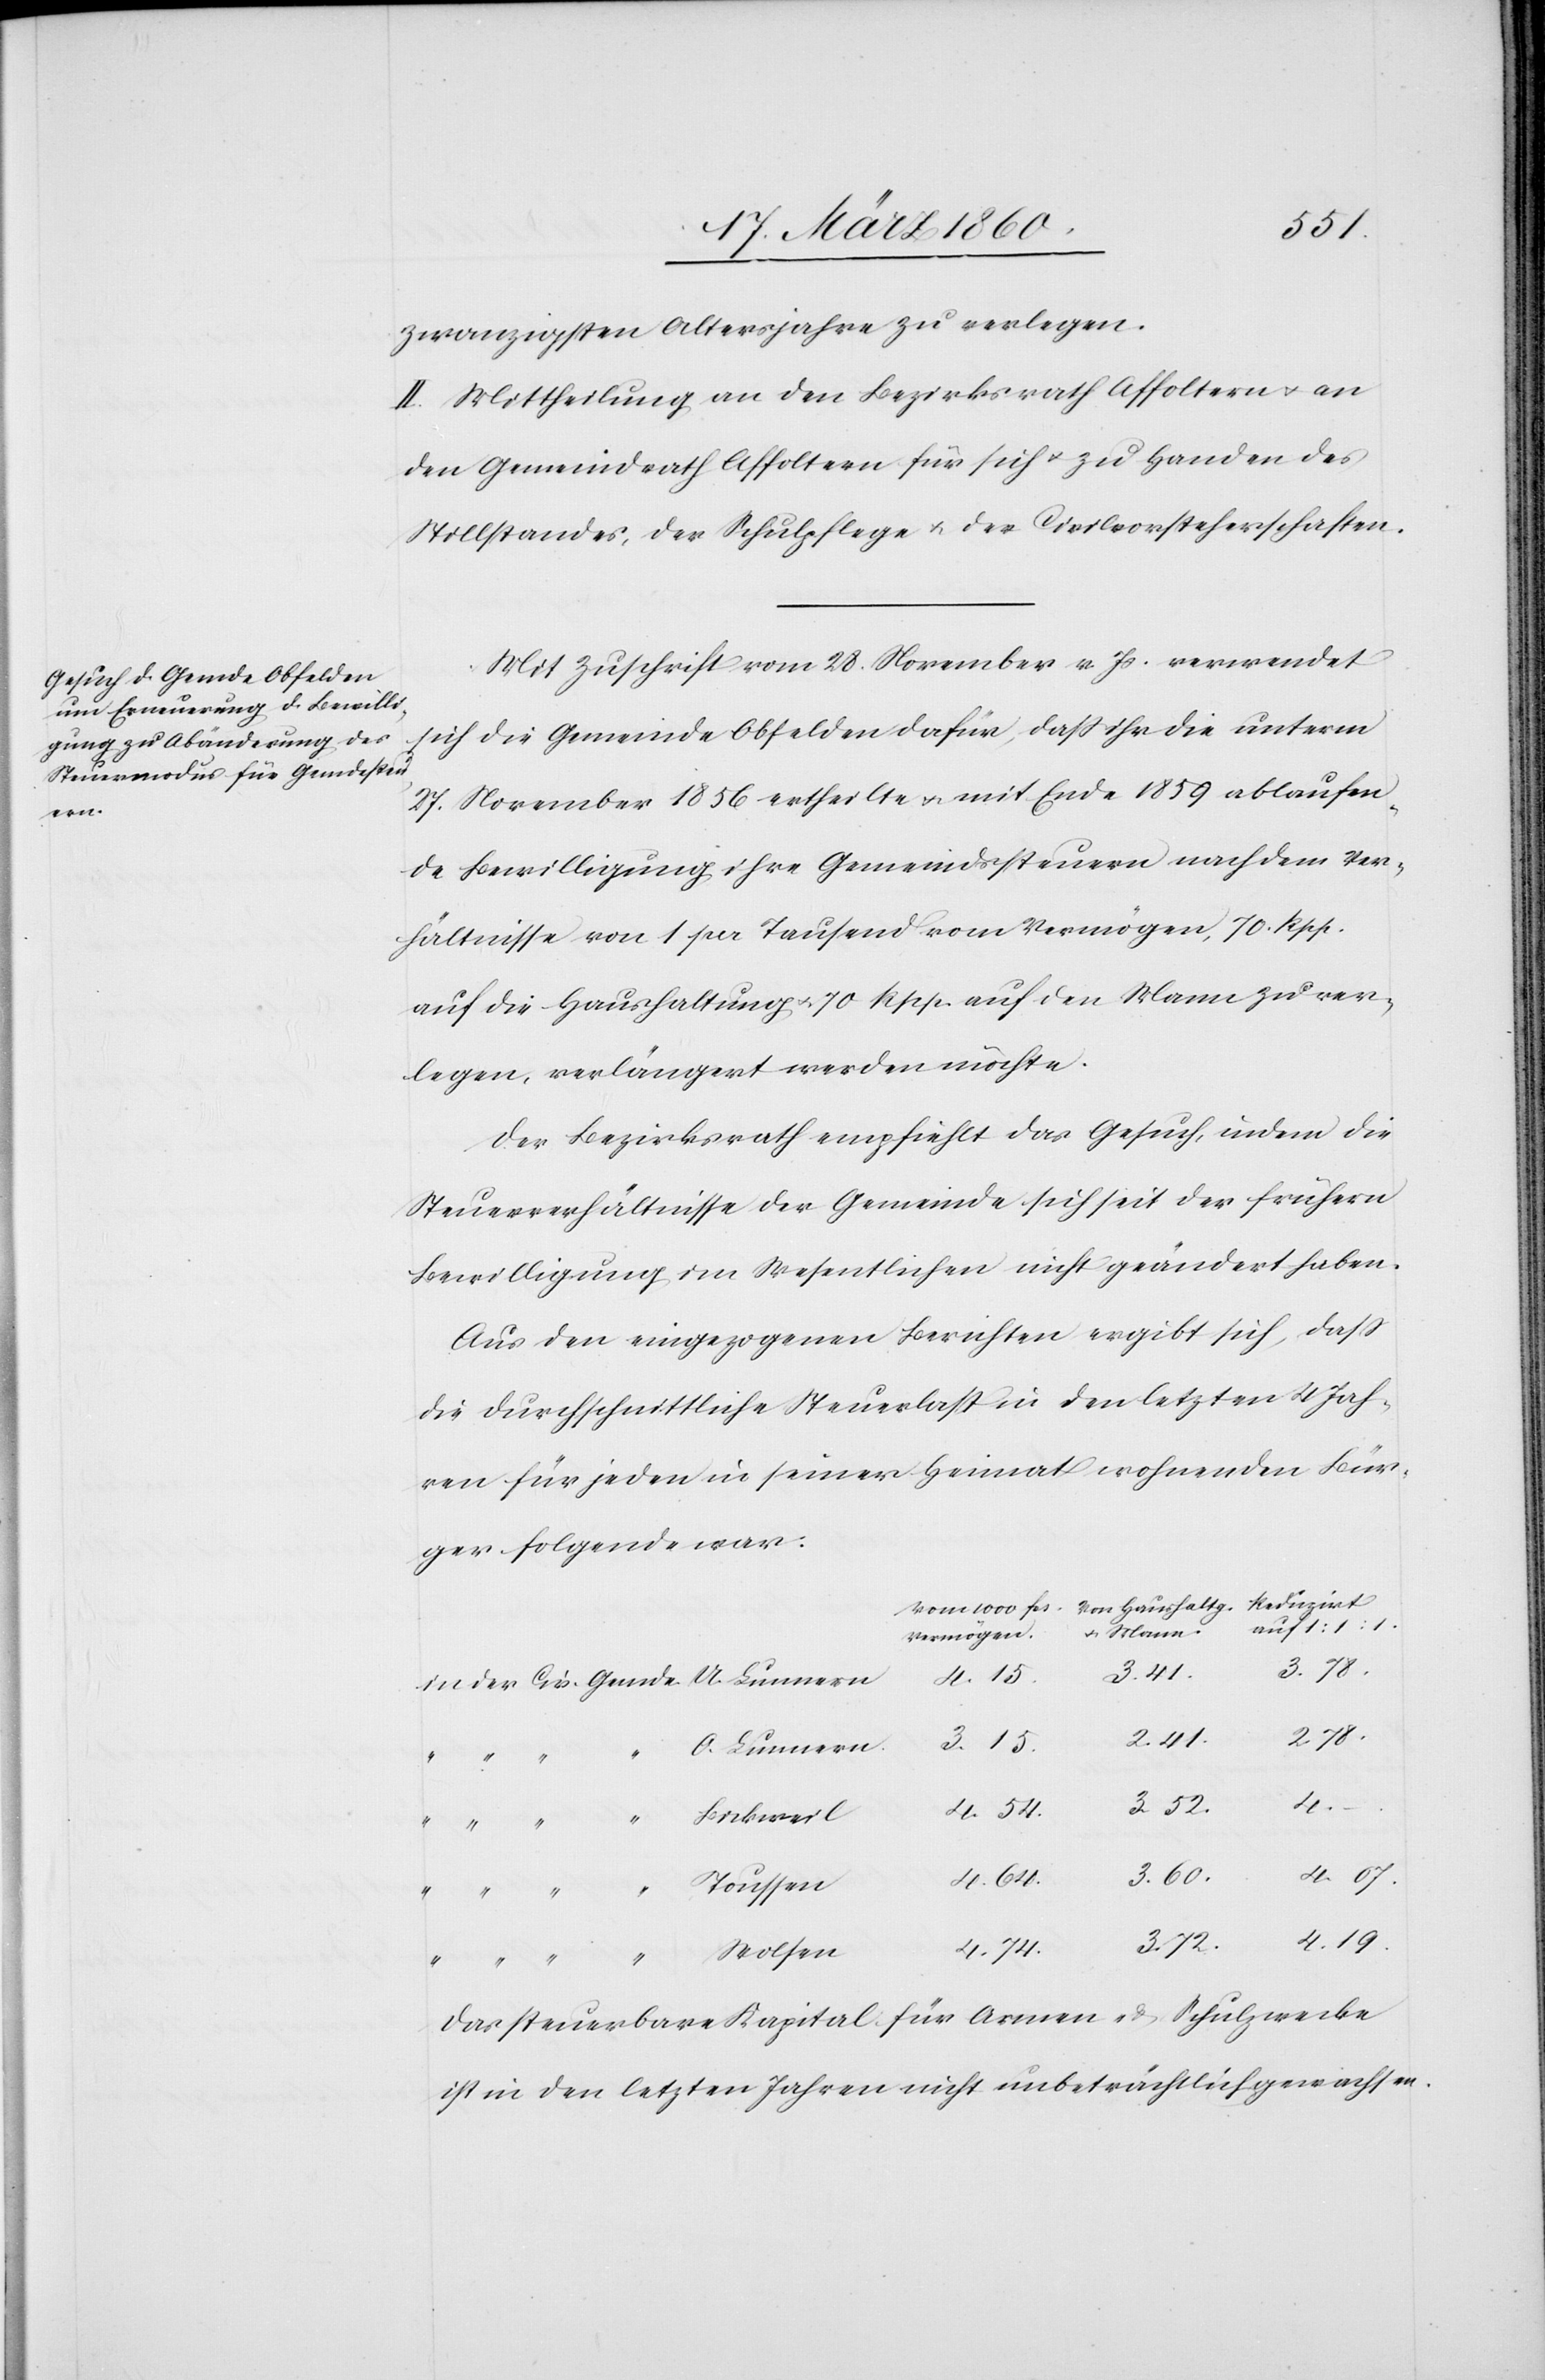
in

zwanzigsten Altersjahre zu verlegen.
II. Mittheilung an den Bezirksrath Affoltern u. an
den Gemeindrath Affoltern für sich u. zu Handen des
Stillstandes, der Schulpflege u. der Civilvorsteherschaften.
Mit Zuschrift vom 28. November v. Js. verwendet
sich die Gemeinde Obfelden dafür, dass ihr die unterm
17. November 1856 ertheilte u. mit Ende 1859 ablaufen¬
de Bewilligung ihrer Gemeindssteuern nach dem Ver¬
hältnisse von 1 pr. Tausend vom Vermögen, 70 Rpp.
auf die Haushaltung u. 70 Rpp. auf den Mann zu ver¬
legen, verlängert werden möchte.
Der Bezirksrath empfiehlt das Gesuch, indem die
Steuerverhältnisse der Gemeinde sich seit der frühern
Bewilligung im Wesentlichen nicht geändert haben.
Aus den eingezogenen Berichten ergibt sich, dass
die durchschnittliche Steuerlast in den letzten 4 Jah¬
ren für jeden in seiner Heimat wohnenden Bür¬
ger folgende war:
auf 1:1:1
3. 41.
4. 15.
2. 41.
3. 15.
O. Lunnern
u.
3. 52.
4.
4. 07.
3. 60.
4. 19.
3. 72.
4. 54.
Das steuerbare Kapital für Armen- u. Schulzwecke
ist in den letzten Jahren nicht unbeträchtlich gewachsen.